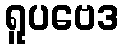
ရူပဗေဒ